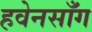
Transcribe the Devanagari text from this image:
हवेनसाँग